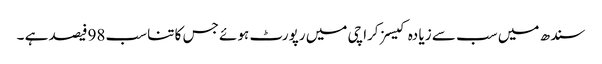
سندھ میں سب سے زیا دہ کیسز کراچی میں رپورٹ ہوئے جس کا تناسب 98فیصد ہے ۔